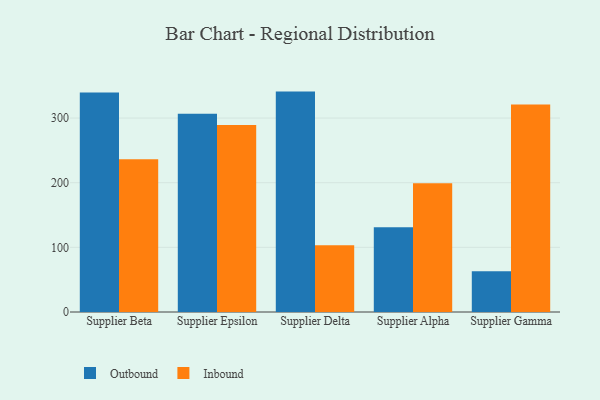
{"axis": {"x": "Supplier", "y": "Budget (USD K)"}, "legend": ["Inbound", "Outbound"], "data": [{"x": "Supplier Beta", "y": 339.5, "type": "Outbound"}, {"x": "Supplier Beta", "y": 236.2, "type": "Inbound"}, {"x": "Supplier Epsilon", "y": 306.5, "type": "Outbound"}, {"x": "Supplier Epsilon", "y": 289.1, "type": "Inbound"}, {"x": "Supplier Delta", "y": 340.9, "type": "Outbound"}, {"x": "Supplier Delta", "y": 103.3, "type": "Inbound"}, {"x": "Supplier Alpha", "y": 131.0, "type": "Outbound"}, {"x": "Supplier Alpha", "y": 199.3, "type": "Inbound"}, {"x": "Supplier Gamma", "y": 62.9, "type": "Outbound"}, {"x": "Supplier Gamma", "y": 321.1, "type": "Inbound"}]}